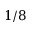
1 / 8